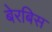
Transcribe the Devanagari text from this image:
बेरबिस